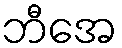
ဘီအေ